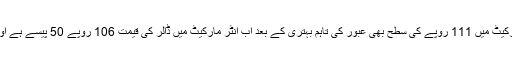
انٹرمارکیٹ میں ڈالر نے 110 روپے جب کہ اوپن مارکیٹ میں 111 روپے کی سطح بھی عبور کی تاہم بہتری کے بعد اب انٹر مارکیٹ میں ڈالر کی قیمت 106 روپے 50 پیسے ہے اور اوپن مارکیٹ میں 108 روپے 50 پیسے ہوگیا ہے۔